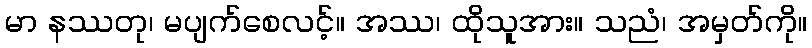
မာ နဿတု၊ မပျက်စေလင့်။ အဿ၊ ထိုသူအား။ သညံ၊ အမှတ်ကို။